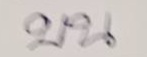
บน